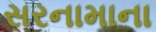
સરનામાના